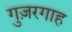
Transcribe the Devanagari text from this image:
गुज़रगाह